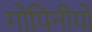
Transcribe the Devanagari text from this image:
गोपिनीयो